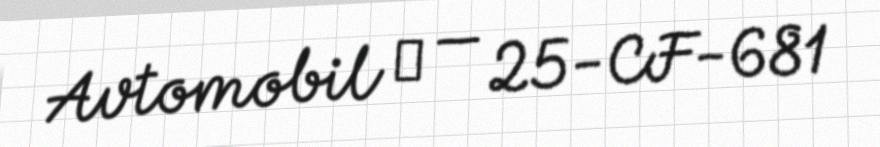
Avtomobil № — 25-CF-681